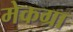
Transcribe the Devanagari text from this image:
मेकग्रा